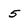
Character: 5